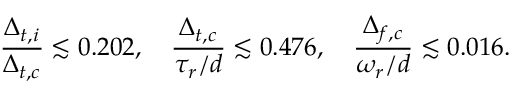
\frac { \Delta _ { t , i } } { \Delta _ { t , c } } \lesssim 0 . 2 0 2 , \quad \frac { \Delta _ { t , c } } { \tau _ { r } / d } \lesssim 0 . 4 7 6 , \quad \frac { \Delta _ { f , c } } { \omega _ { r } / d } \lesssim 0 . 0 1 6 .